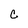
Character: c